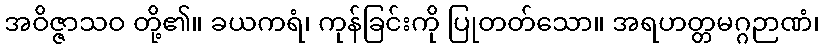
အဝိဇ္ဇာသဝ တို့၏။ ခယကရံ၊ ကုန်ခြင်းကို ပြုတတ်သော။ အရဟတ္တမဂ္ဂဉာဏံ၊